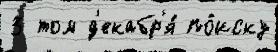
3 том д'екабр'я́ по́иску